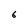
Character: 6